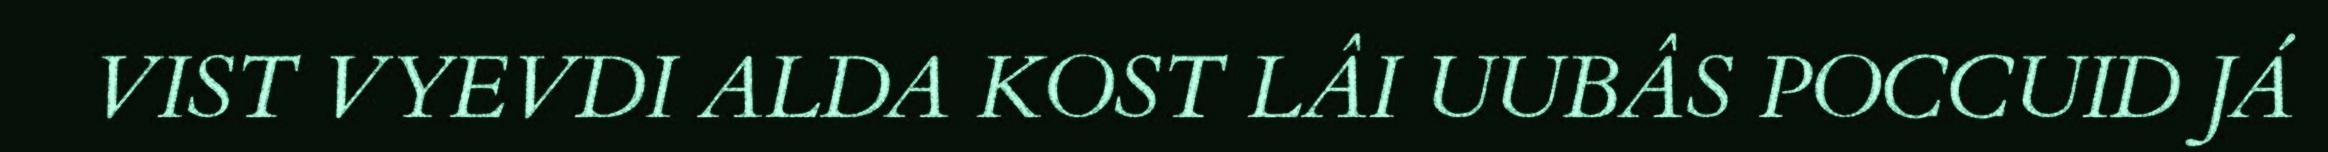
VIST VYEVDI ALDA KOST LÂI UUBÂS POCCUID JÁ